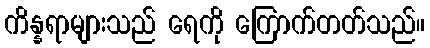
ကိန္နရာများသည် ရေကို ကြောက်တတ်သည်။